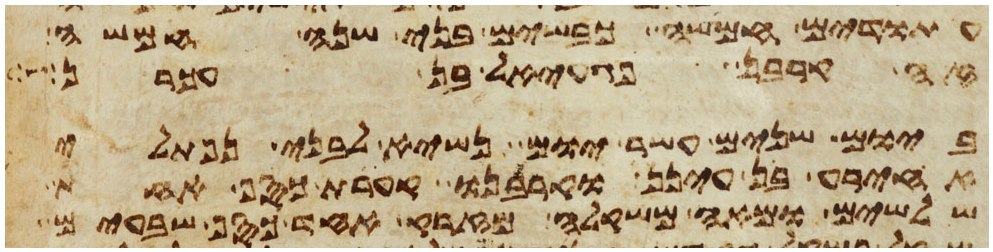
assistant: עתודים חמשה כבשים בני שנה חמשה
זה קרבן פגעאל בן עכרן
ביום שנים עשר יום נשיא לבני נפתלי
אחירע בן עינן וקרבנו קערת כסף אחת
שלשים ומאה משקלה מזרק אחד כסף שבעים